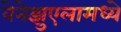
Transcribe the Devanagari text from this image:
वेनेझुएलामध्ये